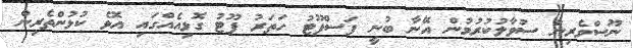
ނޫސްވެރިން ސުވާލުކުރުމުން އޭނާ ބުނީ ފަސްފޫޓު ހަތަރު ފޫޓު ގޮޅިއެއްގައި އޮވެ ކުޅުންތެރިން